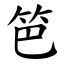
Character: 笆